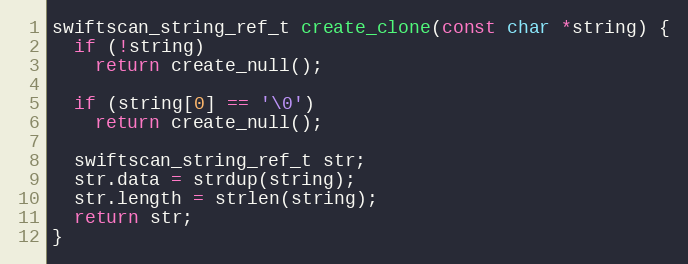
Language: C++
swiftscan_string_ref_t create_clone(const char *string) {
  if (!string)
    return create_null();

  if (string[0] == '\0')
    return create_null();

  swiftscan_string_ref_t str;
  str.data = strdup(string);
  str.length = strlen(string);
  return str;
}